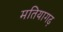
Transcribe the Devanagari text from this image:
मतियागढ़